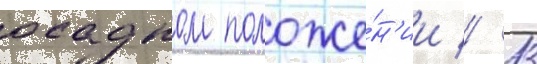
осадном положе́н'ии // 13